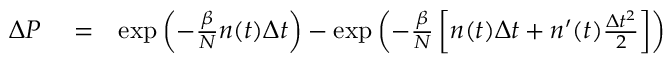
\begin{array} { r l r } { \Delta P } & { { } = } & { \exp { \left( - \frac { \beta } { N } n ( t ) \Delta t \right) } - \exp { \left( - \frac { \beta } { N } \left[ n ( t ) \Delta t + n ^ { \prime } ( t ) \frac { \Delta t ^ { 2 } } { 2 } \right] \right) } } \end{array}